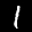
Label: 1